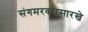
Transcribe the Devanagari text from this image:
संगमरवरासारखे